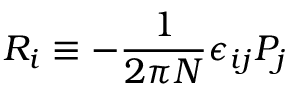
R _ { i } \equiv - { \frac { 1 } { 2 \pi N } } \epsilon _ { i j } P _ { j }